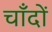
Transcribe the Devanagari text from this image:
चाँदों